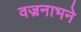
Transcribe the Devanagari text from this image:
वज्रनाभने